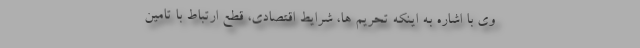
وی با اشاره به اینکه تحریم ها، شرایط اقتصادی، قطع ارتباط با تامین